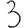
Digit: 3